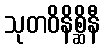
သုတဝိနိစ္ဆိနီ